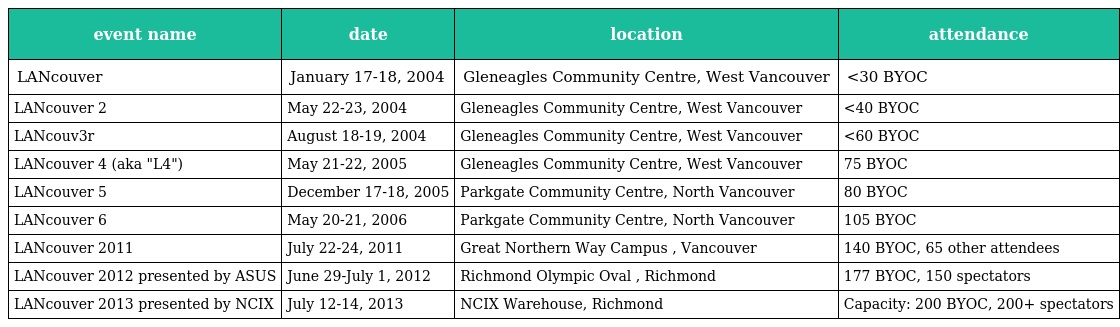
| event name | date | location | attendance |
 | --- | --- | --- | --- |
 | LANcouver | January 17-18, 2004 | Gleneagles Community Centre, West Vancouver | <30 BYOC |
 | LANcouver 2 | May 22-23, 2004 | Gleneagles Community Centre, West Vancouver | <40 BYOC |
 | LANcouv3r | August 18-19, 2004 | Gleneagles Community Centre, West Vancouver | <60 BYOC |
 | LANcouver 4 (aka "L4") | May 21-22, 2005 | Gleneagles Community Centre, West Vancouver | 75 BYOC |
 | LANcouver 5 | December 17-18, 2005 | Parkgate Community Centre, North Vancouver | 80 BYOC |
 | LANcouver 6 | May 20-21, 2006 | Parkgate Community Centre, North Vancouver | 105 BYOC |
 | LANcouver 2011 | July 22-24, 2011 | Great Northern Way Campus , Vancouver | 140 BYOC, 65 other attendees |
 | LANcouver 2012 presented by ASUS | June 29-July 1, 2012 | Richmond Olympic Oval , Richmond | 177 BYOC, 150 spectators |
 | LANcouver 2013 presented by NCIX | July 12-14, 2013 | NCIX Warehouse, Richmond | Capacity: 200 BYOC, 200+ spectators |